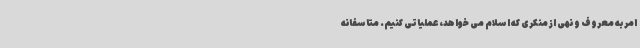
امر به معروف و نهی از منکری که اسلام می خواهد، عملیاتی کنیم. متاسفانه